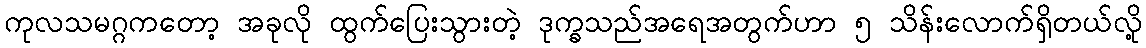
ကုလသမဂ္ဂကတော့ အခုလို ထွက်ပြေးသွားတဲ့ ဒုက္ခသည်အရေအတွက်ဟာ ၅ သိန်းလောက်ရှိတယ်လို့